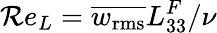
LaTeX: \mathcal{R}e_{L}=\overline{{{w_{\mathrm{{rms}}}}}}L_{33}^{F}/\nu